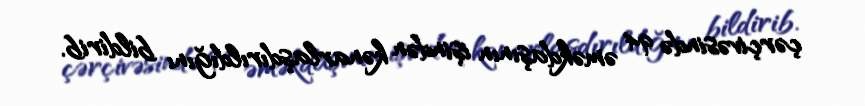
çərçivəsində 94 əməkdaşının işindən kənarlaşdırıldığını bildirib.